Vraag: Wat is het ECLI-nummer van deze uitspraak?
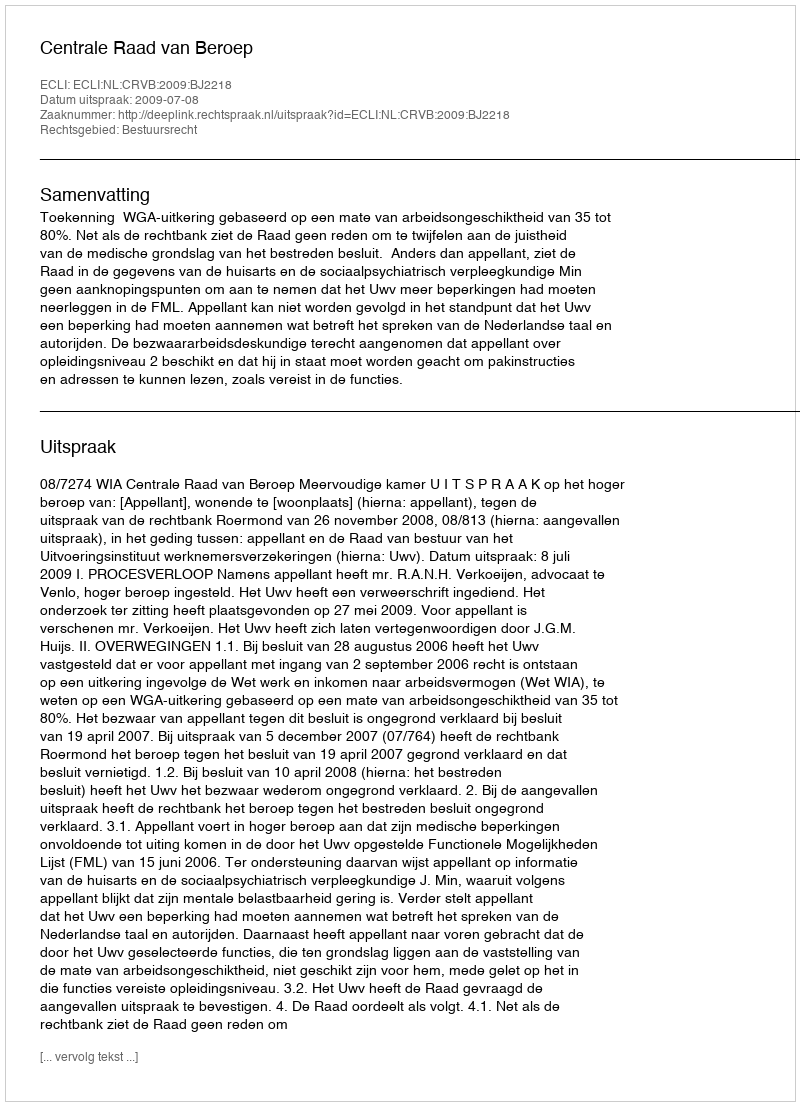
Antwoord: ECLI:NL:CRVB:2009:BJ2218